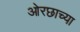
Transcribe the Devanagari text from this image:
ओरछाच्या